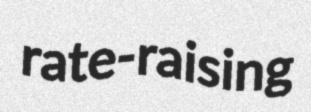
rate-raising